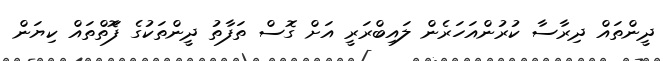
ދީންތައް ދިރާސާ ކުރުންއަހަރެން ލައިބްރަރީ އަށް ގޮސް ތަފާތު ދީންތަކުގެ ފޮަތްތައް ކިޔަން